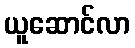
ယူဆောင်လာ